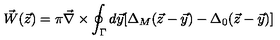
\vec { W } ( \vec { z } ) = \pi \vec { \nabla } \times \oint _ { \Gamma } d \vec { y } [ \Delta _ { M } ( \vec { z } - \vec { y } ) - \Delta _ { 0 } ( \vec { z } - \vec { y } ) ]